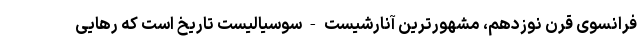
فرانسویِ قرن نوزدهم، مشهورترین آنارشیست-سوسیالیست تاریخ است که رهایی